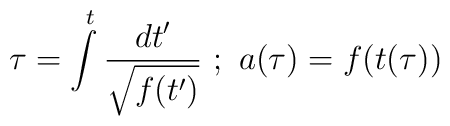
\tau=\int\limits_{}^{t}{ dt' \over \sqrt{f(t')}} \ ; \ a(\tau)=f(t(\tau))